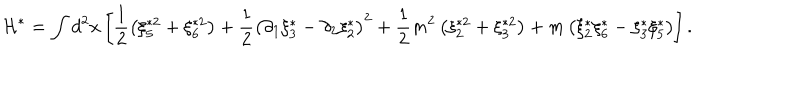
\mathcal { H } ^ { \ast } = \int d ^ { 2 } x \left[ \frac { 1 } { 2 } \left( \xi _ { 5 } ^ { \ast 2 } + \xi _ { 6 } ^ { \ast 2 } \right) + \frac { 1 } { 2 } \left( \partial _ { 1 } \xi _ { 3 } ^ { \ast } - \partial _ { 2 } \xi _ { 2 } ^ { \ast } \right) ^ { 2 } + \frac { 1 } { 2 } m ^ { 2 } \left( \xi _ { 2 } ^ { \ast 2 } + \xi _ { 3 } ^ { \ast 2 } \right) + m \left( \xi _ { 2 } ^ { \ast } \xi _ { 6 } ^ { \ast } - \xi _ { 3 } ^ { \ast } \xi _ { 5 } ^ { \ast } \right) \right] .